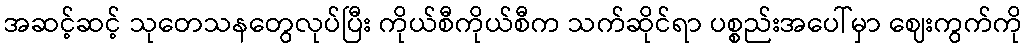
အဆင့်ဆင့် သုတေသနတွေလုပ်ပြီး ကိုယ်စီကိုယ်စီက သက်ဆိုင်ရာ ပစ္စည်းအပေါ်မှာ ဈေးကွက်ကို